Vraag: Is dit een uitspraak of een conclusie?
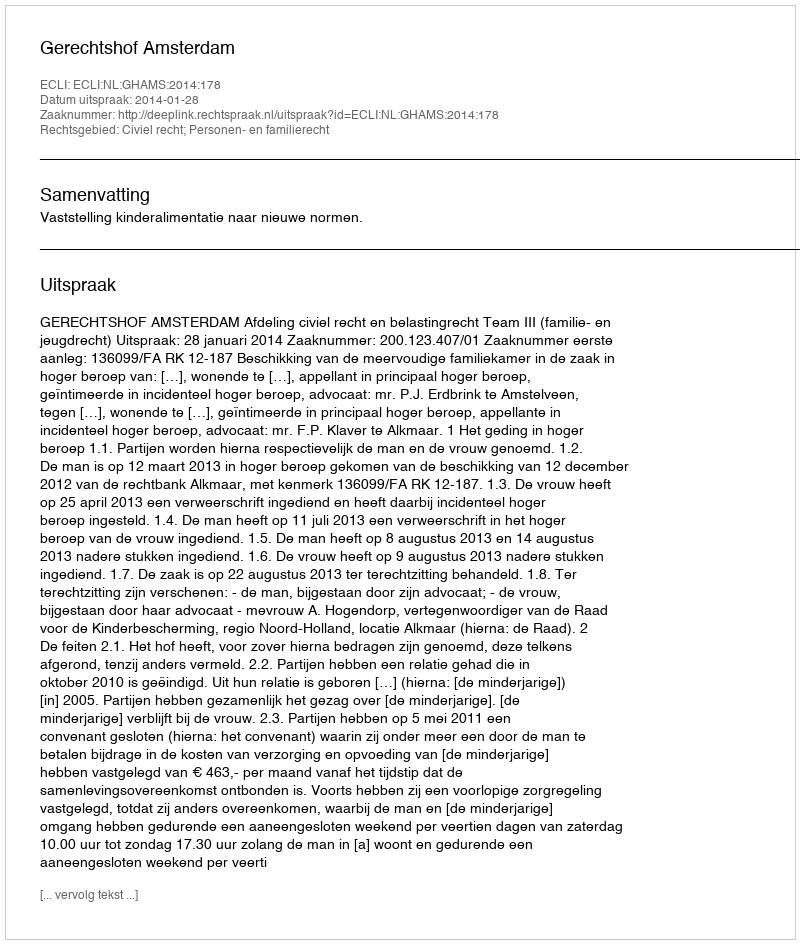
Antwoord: Uitspraak